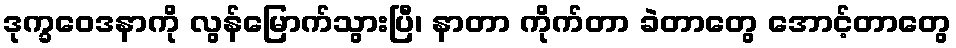
ဒုက္ခဝေဒနာကို လွန်မြောက်သွားပြီ၊ နာတာ ကိုက်တာ ခဲတာတွေ အောင့်တာတွေ